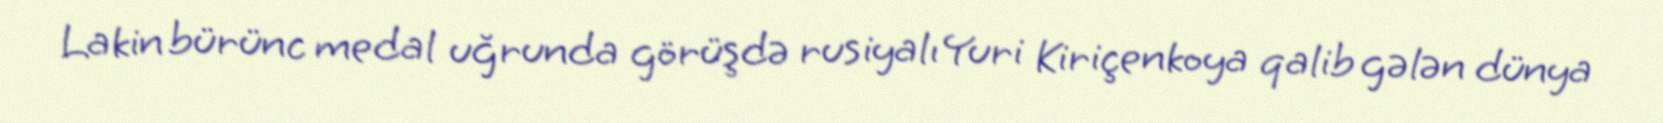
Lakin bürünc medal uğrunda görüşdə rusiyalı Yuri Kiriçenkoya qalib gələn dünya